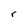
Character: r